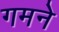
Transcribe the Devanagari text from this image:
गमने